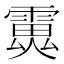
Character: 𩅏